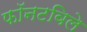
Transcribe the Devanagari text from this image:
फॉनटविले